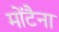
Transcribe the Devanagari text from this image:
मोंटैना